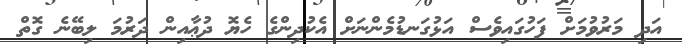
އަދި މަރުވުމަށް ފަހުގައިވެސް އަޅުގަނޑުމެންނަށް އެކުދިންގެ ހެޔޮ ދުޢާއިން ދަރުމަ ލިބޭނެ ގޮތް